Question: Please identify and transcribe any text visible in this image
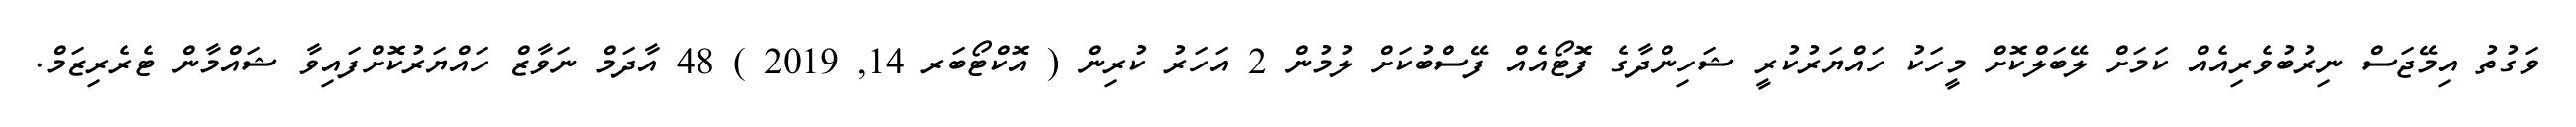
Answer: ވަގުތު އިމޭޖަސް ނިރުބުވެރިއެއް ކަމަށް ލޭބަލްކޮށް މީހަކު ހައްޔަރުކުރީ ޝަހިންދާގެ ފޮޓޯއެއް ފޭސްބުކަށް ލުމުން 2 އަހަރު ކުރިން ( އޮކްޓޯބަރ 14, 2019 ) 48 އާދަމް ނަވާޒް ހައްޔަރުކޮށްފައިވާ ޝައްމާން ޓެރެރިޒަމް.